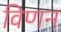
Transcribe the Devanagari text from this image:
विणन